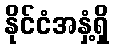
နိုင်ငံအနှံ့ရှိ